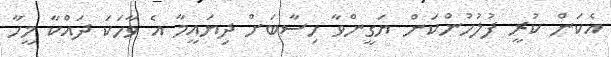
އެކަން ކުރީ ފުލުހުންކަން ޔަގީންވާ ހިސާބަށް ދިޔައީމާ އެ ވާހަކަ ދައްކާ މީހާ